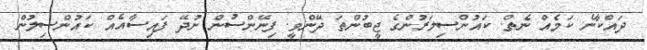
ދައްކާނެ ކަމެއް ނެތް. ކައުންސިލަރުންގެ ޖީބުންތަ ދޭންވީ. ފިނޭންސުން ނުދޭ ފައިސާއެއް ކައުންސިލުން